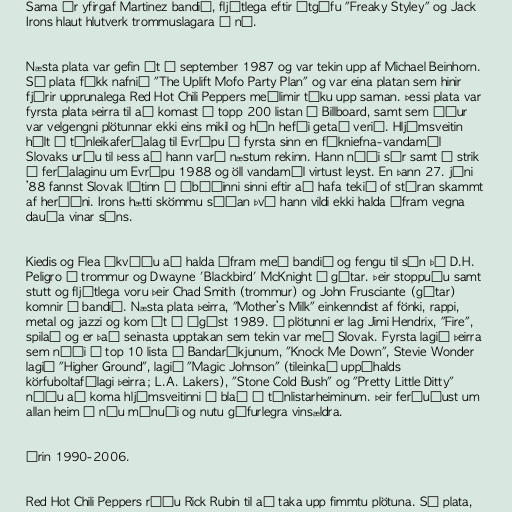
Sama ár yfirgaf Martinez bandið, fljótlega eftir útgáfu "Freaky Styley" og Jack
Irons hlaut hlutverk trommuslagara á ný.

Næsta plata var gefin út í september 1987 og var tekin upp af Michael Beinhorn.
Sú plata fékk nafnið "The Uplift Mofo Party Plan" og var eina platan sem hinir
fjórir upprunalega Red Hot Chili Peppers meðlimir tóku upp saman. Þessi plata var
fyrsta plata þeirra til að komast á topp 200 listan í Billboard, samt sem áður
var velgengni plötunnar ekki eins mikil og hún hefði getað verið. Hljómsveitin
hélt í tónleikaferðalag til Evrópu í fyrsta sinn en fíkniefna-vandamál
Slovaks urðu til þess að hann varð næstum rekinn. Hann náði sér samt á strik
á ferðalaginu um Evrópu 1988 og öll vandamál virtust leyst. En þann 27. júni
’88 fannst Slovak látinn í íbúðinni sinni eftir að hafa tekið of stóran skammt
af heróíni. Irons hætti skömmu síðan því hann vildi ekki halda áfram vegna
dauða vinar síns.

Kiedis og Flea ákváðu að halda áfram með bandið og fengu til sín þá D.H.
Peligro á trommur og Dwayne 'Blackbird' McKnight á gítar. Þeir stoppuðu samt
stutt og fljótlega voru þeir Chad Smith (trommur) og John Frusciante (gítar)
komnir í bandið. Næsta plata þeirra, "Mother’s Milk" einkenndist af fönki, rappi,
metal og jazzi og kom út í ágúst 1989. Á plötunni er lag Jimi Hendrix, "Fire",
spilað og er það seinasta upptakan sem tekin var með Slovak. Fyrsta lagið þeirra
sem náði á top 10 lista í Bandaríkjunum, "Knock Me Down", Stevie Wonder
lagið "Higher Ground", lagið "Magic Johnson" (tileinkað uppáhalds
körfuboltafélagi þeirra; L.A. Lakers), "Stone Cold Bush" og "Pretty Little Ditty"
náðu að koma hljómsveitinni á blað í tónlistarheiminum. Þeir ferðuðust um
allan heim í níu mánuði og nutu gífurlegra vinsældra.

Árin 1990-2006.

Red Hot Chili Peppers réðu Rick Rubin til að taka upp fimmtu plötuna. Sú plata,